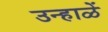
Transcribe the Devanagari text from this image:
उन्हाळें